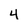
Character: 4